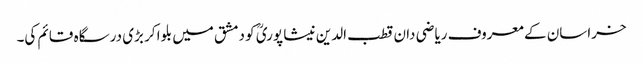
خراسان کے معروف ریاضی دان قطب الدین نیشا پوریؒ کو دمشق میں بلوا کر بڑی درسگاہ قائم کی۔